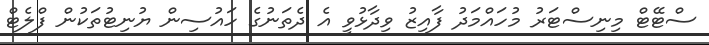
ސްޓޭޓް މިނިސްޓަރު މުހައްމަދު ފާއިޒު ވިދާޅުވީ އެ ދެތަނުގެ ހައުސިން ޔުނިޓުތަކުން ފްލެޓް